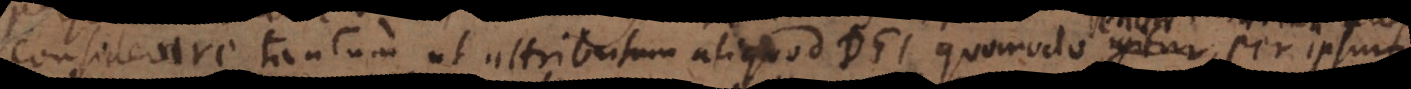
considerare tantum ut attributum aliquod Dei, quomodo igitur